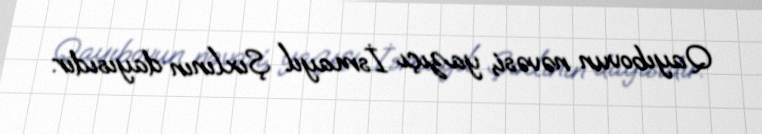
Qayıbovun nəvəsi, yazıçı İsmayıl Şıxlının dayısıdır.